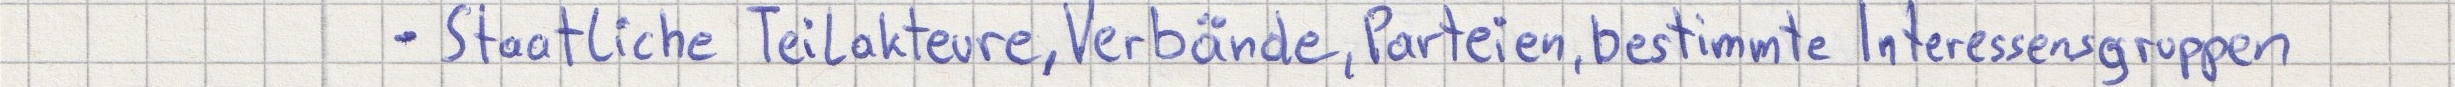
- Staatliche Teilakteure, Verbände, Parteien, bestimmte Interessensgruppen